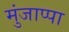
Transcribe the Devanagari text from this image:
मुंजाप्पा